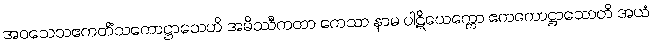
အဝသေသဧကတိံသကောဋ္ဌာသေဟိ အမိဿီကတာ ကေသာ နာမ ပါဋိယေက္ကော ဧကကောဋ္ဌာသောတိ အယံ